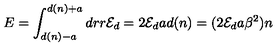
E = \int _ { d ( n ) - a } ^ { d ( n ) + a } d r r { \cal E } _ { d } = 2 { \cal E } _ { d } a d ( n ) = ( 2 { \cal E } _ { d } a \beta ^ { 2 } ) n